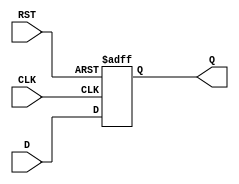
module feedback_register (
    input wire D,       // Data input
    input wire CLK,     // Clock signal
    input wire RST,     // Asynchronous reset signal
    output reg Q        // Data output
);

    // Asynchronous reset and synchronous update
    always @(posedge CLK or posedge RST) begin
        if (RST) begin
            Q <= 1'b0;  // Set Q to 0 on reset
        end else begin
            Q <= D;     // Update Q with the input D on the rising edge of CLK
        end
    end

endmodule